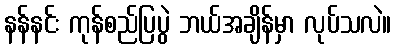
နန်နင်း ကုန်စည်ပြပွဲ ဘယ်အချိန်မှာ လုပ်သလဲ။